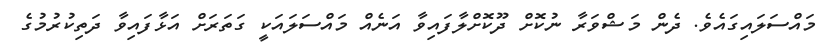
މައްސަލައިގައެވެ. ދެން މަޝްވަރާ ނުކޮށް ދޫކޮށްލާފައިވާ އަނެއް މައްސަލައަކީ ގަތަރަށް އަޅާފައިވާ ދަތިކުރުމުގެ